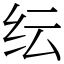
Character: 纭